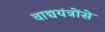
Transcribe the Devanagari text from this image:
वाद्ययंत्रोंसे